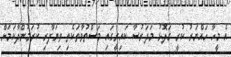
އެ މީހާ ހައްޔަރު ކުރީ ގަލޮޅު މަދަރުސާ ކައިރީގަައި މަސްތުވާތަކެތި ވިޔަފާރި ކުރަމުންދާކަމަށް